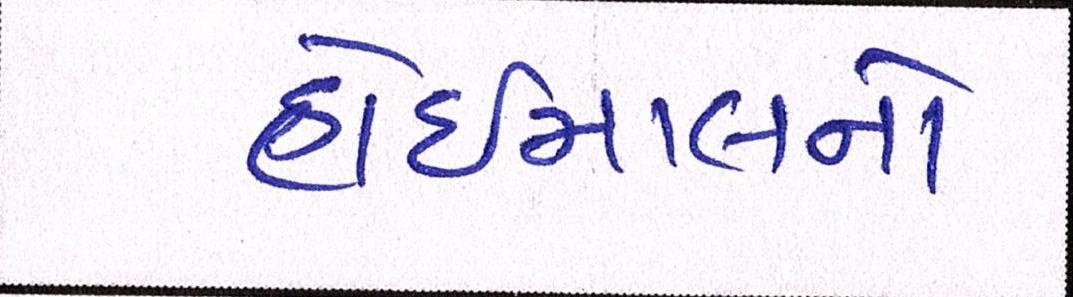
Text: હોઇમાલનો